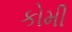
કોમી